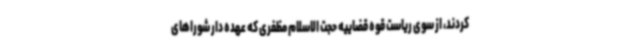
کردند، از سوی ریاست قوه قضاییه حجت الاسلام مظفری که عهده دار شوراهای